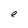
Character: e